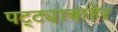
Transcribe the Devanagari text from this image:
पट्ट्याबाहेर